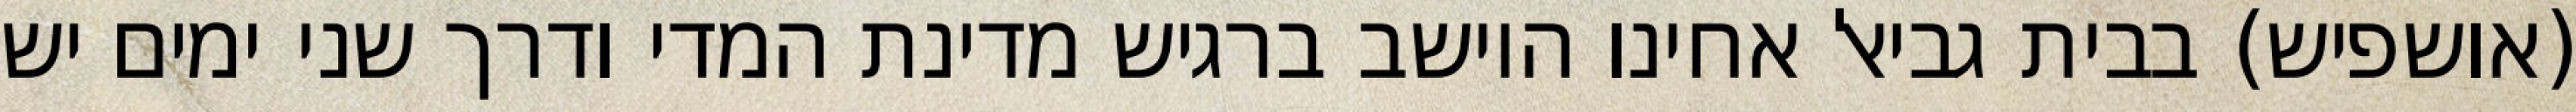
(אושפיש) בבית גביאל אחינו היושב ברגיש מדינת המדי ודרך שני ימים יש